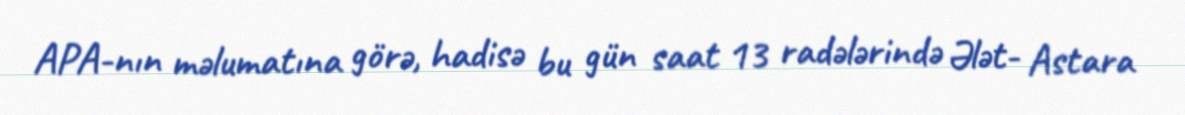
APA-nın məlumatına görə, hadisə bu gün saat 13 radələrində Ələt- Astara